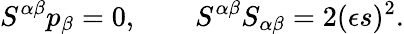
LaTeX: S^{\alpha\beta}p_{\beta}=0,\qquad S^{\alpha\beta}S_{\alpha\beta}=2(\epsilon s)^{2}.